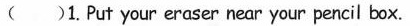
()1.Put your eraser near your pencil box.